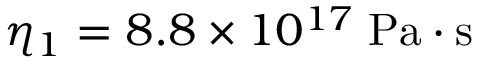
\eta _ { 1 } = 8 . 8 \times 1 0 ^ { 1 7 } \; \mathrm { P a \cdot s }